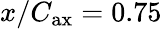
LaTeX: x/C_{\mathrm{ax}}=0.75